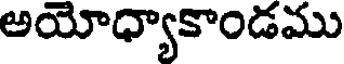
అయోధ్యాకాండము